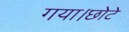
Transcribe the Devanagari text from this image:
गया।छोटे